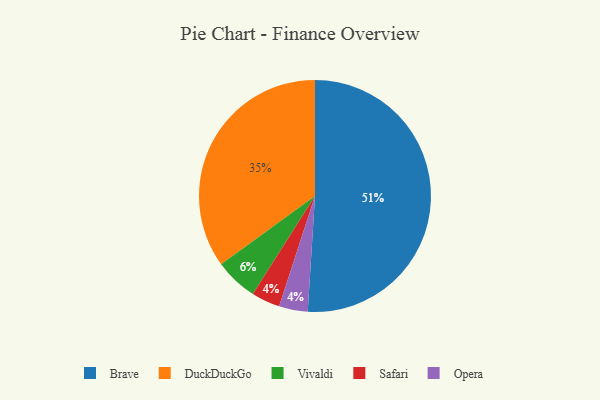
{"axis": {"x": "Category", "y": "Percentage"}, "legend": ["Brave", "DuckDuckGo", "Opera", "Safari", "Vivaldi"], "data": [{"x": "Safari", "y": 4, "type": "Safari"}, {"x": "Brave", "y": 51, "type": "Brave"}, {"x": "DuckDuckGo", "y": 35, "type": "DuckDuckGo"}, {"x": "Opera", "y": 4, "type": "Opera"}, {"x": "Vivaldi", "y": 6, "type": "Vivaldi"}]}